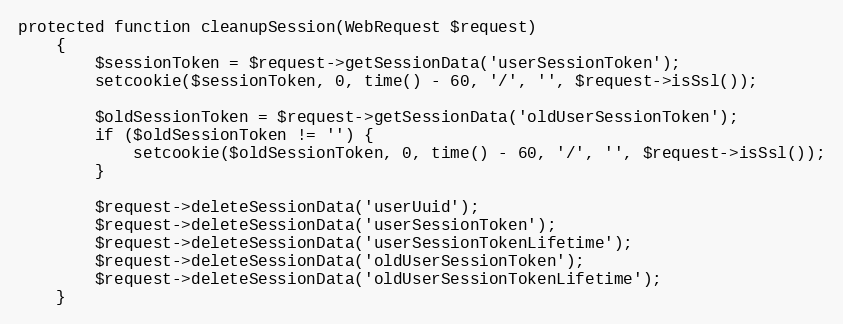
Language: PHP
protected function cleanupSession(WebRequest $request)
    {
        $sessionToken = $request->getSessionData('userSessionToken');
        setcookie($sessionToken, 0, time() - 60, '/', '', $request->isSsl());

        $oldSessionToken = $request->getSessionData('oldUserSessionToken');
        if ($oldSessionToken != '') {
            setcookie($oldSessionToken, 0, time() - 60, '/', '', $request->isSsl());
        }

        $request->deleteSessionData('userUuid');
        $request->deleteSessionData('userSessionToken');
        $request->deleteSessionData('userSessionTokenLifetime');
        $request->deleteSessionData('oldUserSessionToken');
        $request->deleteSessionData('oldUserSessionTokenLifetime');
    }